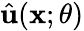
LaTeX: \hat{\mathbf{u}}(\mathbf{x};\theta)